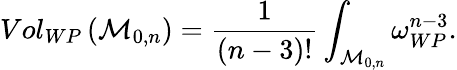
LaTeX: Vol_{WP}\left({\cal M}_{0,n}\right)=\frac{1}{(n-3)!}\int_{{\cal M}_{0,n}}\omega_{WP}^{n-3}.